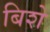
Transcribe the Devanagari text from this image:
बिशे